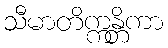
သီမာတိက္ကန္တိကာ